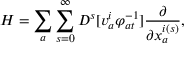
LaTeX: { \cal H } = \sum _ { a } \sum _ { s = 0 } ^ { \infty } D ^ { s } [ v _ { a } ^ { i } \varphi _ { a t } ^ { - 1 } ] \frac { \partial } { \partial x _ { a } ^ { i ( s ) } } ,